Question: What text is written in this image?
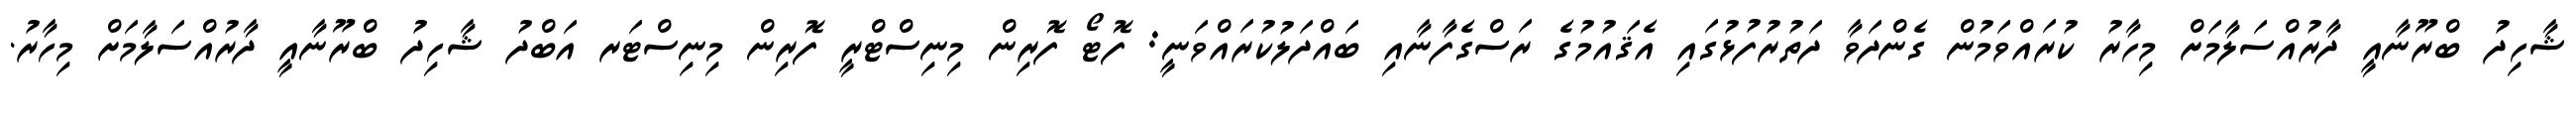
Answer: ޝާހިދު ބްރޫނާއީ ދާރުއްސަލާމަށް މިހާރު ކުރައްވަމުން ގެންދަވާ ދަތުރުފުޅުގައި އެޤައުމުގެ ރަސްގެފާނާއި ބައްދަލުކުރައްވަނީ: ފޮޓޯ ފޮރިން މިނިސްޓްރީ ފޮރިން މިނިސްޓަރ އަބްދު ޝާހިދު ބްރޫނާއީ ދާރުއްސަލާމަށް މިހާރު.